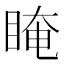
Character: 䁆